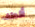
ألطف